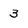
Character: 3